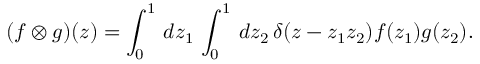
( f \otimes g ) ( z ) = \int _ { 0 } ^ { 1 } \, d z _ { 1 } \, \int _ { 0 } ^ { 1 } \, d z _ { 2 } \, \delta ( z - z _ { 1 } z _ { 2 } ) f ( z _ { 1 } ) g ( z _ { 2 } ) .